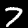
Label: 7